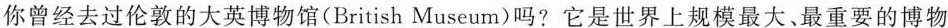
你曾经去过伦敦的大英博物馆(British Museum)吗?它是世界上规模最大、最重要的博物